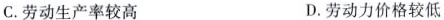
C. 劳动生产率较高 D. 劳动力价格较低